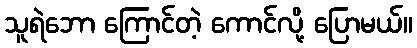
သူရဲဘော ကြောင်တဲ့ ကောင်လို့ ပြောမယ်။